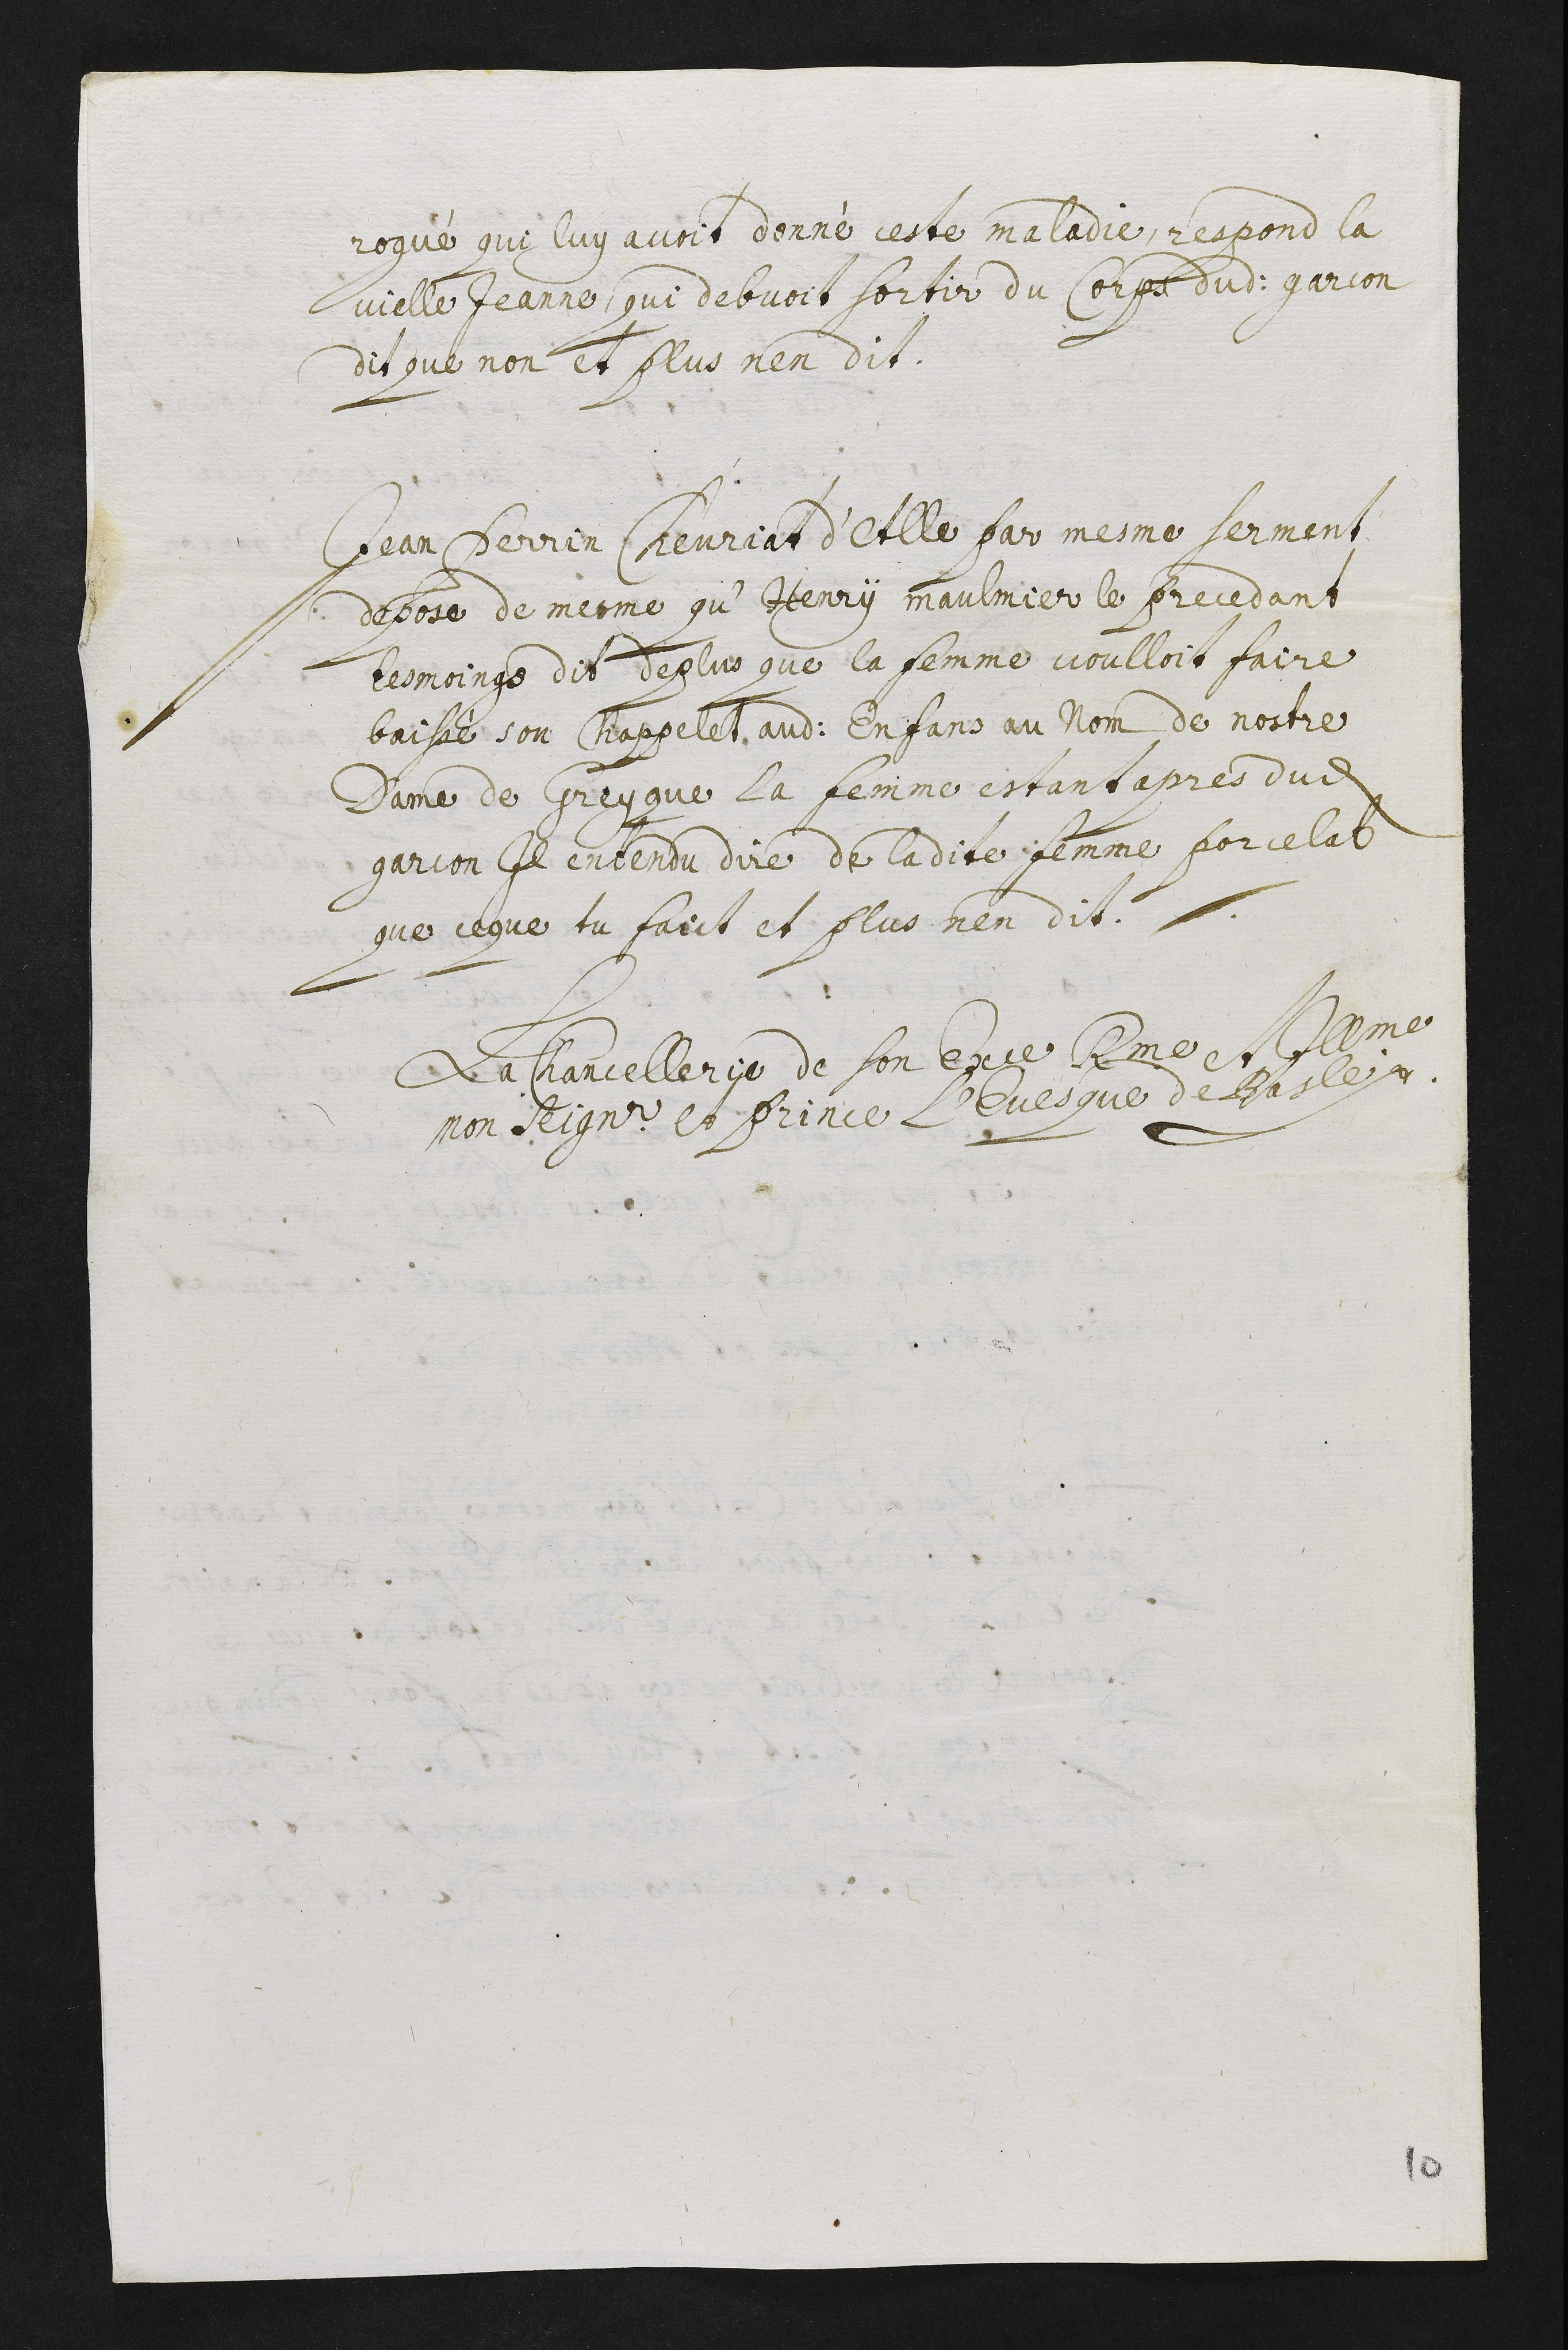
rogué que luy avoit donné ceste maladiteie, respond la
vielle Jeanne qui debvoit sortir du corps dudit garcon
dit que non et plus n’en dit.
Jean Perrin Chevriat d’Alle par mesme serment
depose de mesme qu’Henry Maulmier le precedant
tesmoings dit de plus que la femme voulloit faire
baissé son chappelet audit enfans au nom de nostre
Dame de Greyque. La femme estant apres dudit
garcon il entendu dire de ladite femme Porcelat
que ce que tu faict et plus n’en dit.
La Chancellerie de son Excellence Reverendissime et Illustrissime
mon Seigneur et Prince l’Evesque de Basle.